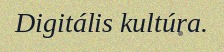
Digitális kultúra.